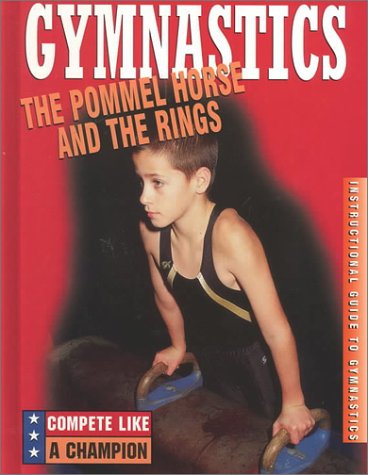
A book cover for The Pommel Horse and the Rings (Compete Like a Champion); Joanne Mattern; Children's Books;